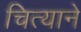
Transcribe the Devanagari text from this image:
चित्याने